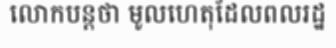
លោកបន្តថា មូលហេតុដែលពលរដ្ឋ